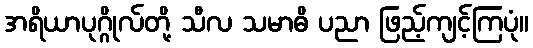
အရိယာပုဂ္ဂိုလ်တို့ သီလ သမာဓိ ပညာ ဖြည့်ကျင့်ကြပုံ။